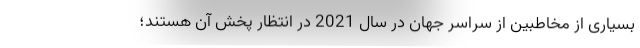
بسیاری از مخاطبین از سراسر جهان در سال 2021 در انتظار پخش آن هستند؛